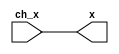
/////////////////////////////////////////////////////////////////////
////                                                             ////
////          eyal@provartec.com                                 ////
////                                                             ////
////  Downloaded from: http://www.opencores.org                  ////
/////////////////////////////////////////////////////////////////////
////                                                             ////
//// Copyright (C) 2010 Provartec LTD                            ////
//// www.provartec.com                                           ////
//// info@provartec.com                                          ////
////                                                             ////
//// This source file may be used and distributed without        ////
//// restriction provided that this copyright statement is not   ////
//// removed from the file and that any derivative work contains ////
//// the original copyright notice and the associated disclaimer.////
////                                                             ////
//// This source file is free software; you can redistribute it  ////
//// and/or modify it under the terms of the GNU Lesser General  ////
//// Public License as published by the Free Software Foundation.////
////                                                             ////
//// This source is distributed in the hope that it will be      ////
//// useful, but WITHOUT ANY WARRANTY; without even the implied  ////
//// warranty of MERCHANTABILITY or FITNESS FOR A PARTICULAR     ////
//// PURPOSE.  See the GNU Lesser General Public License for more////
//// details. http://www.gnu.org/licenses/lgpl.html              ////
////                                                             ////
/////////////////////////////////////////////////////////////////////
//---------------------------------------------------------
//-- File generated by RobustVerilog parser
//-- Version: 1.0
//-- Invoked Fri Mar 25 23:36:53 2011
//--
//-- Source file: prgen_scatter.v
//---------------------------------------------------------



module prgen_scatter8_1(ch_x,x);

   parameter                  CH_NUM     = 0;
   
   
   input [8*1-1:0]    ch_x;
   output [8-1:0]         x;


   assign               x = {
                  ch_x[CH_NUM+7],
                  ch_x[CH_NUM+6],
                  ch_x[CH_NUM+5],
                  ch_x[CH_NUM+4],
                  ch_x[CH_NUM+3],
                  ch_x[CH_NUM+2],
                  ch_x[CH_NUM+1],
                  ch_x[CH_NUM+0]};

   
endmodule